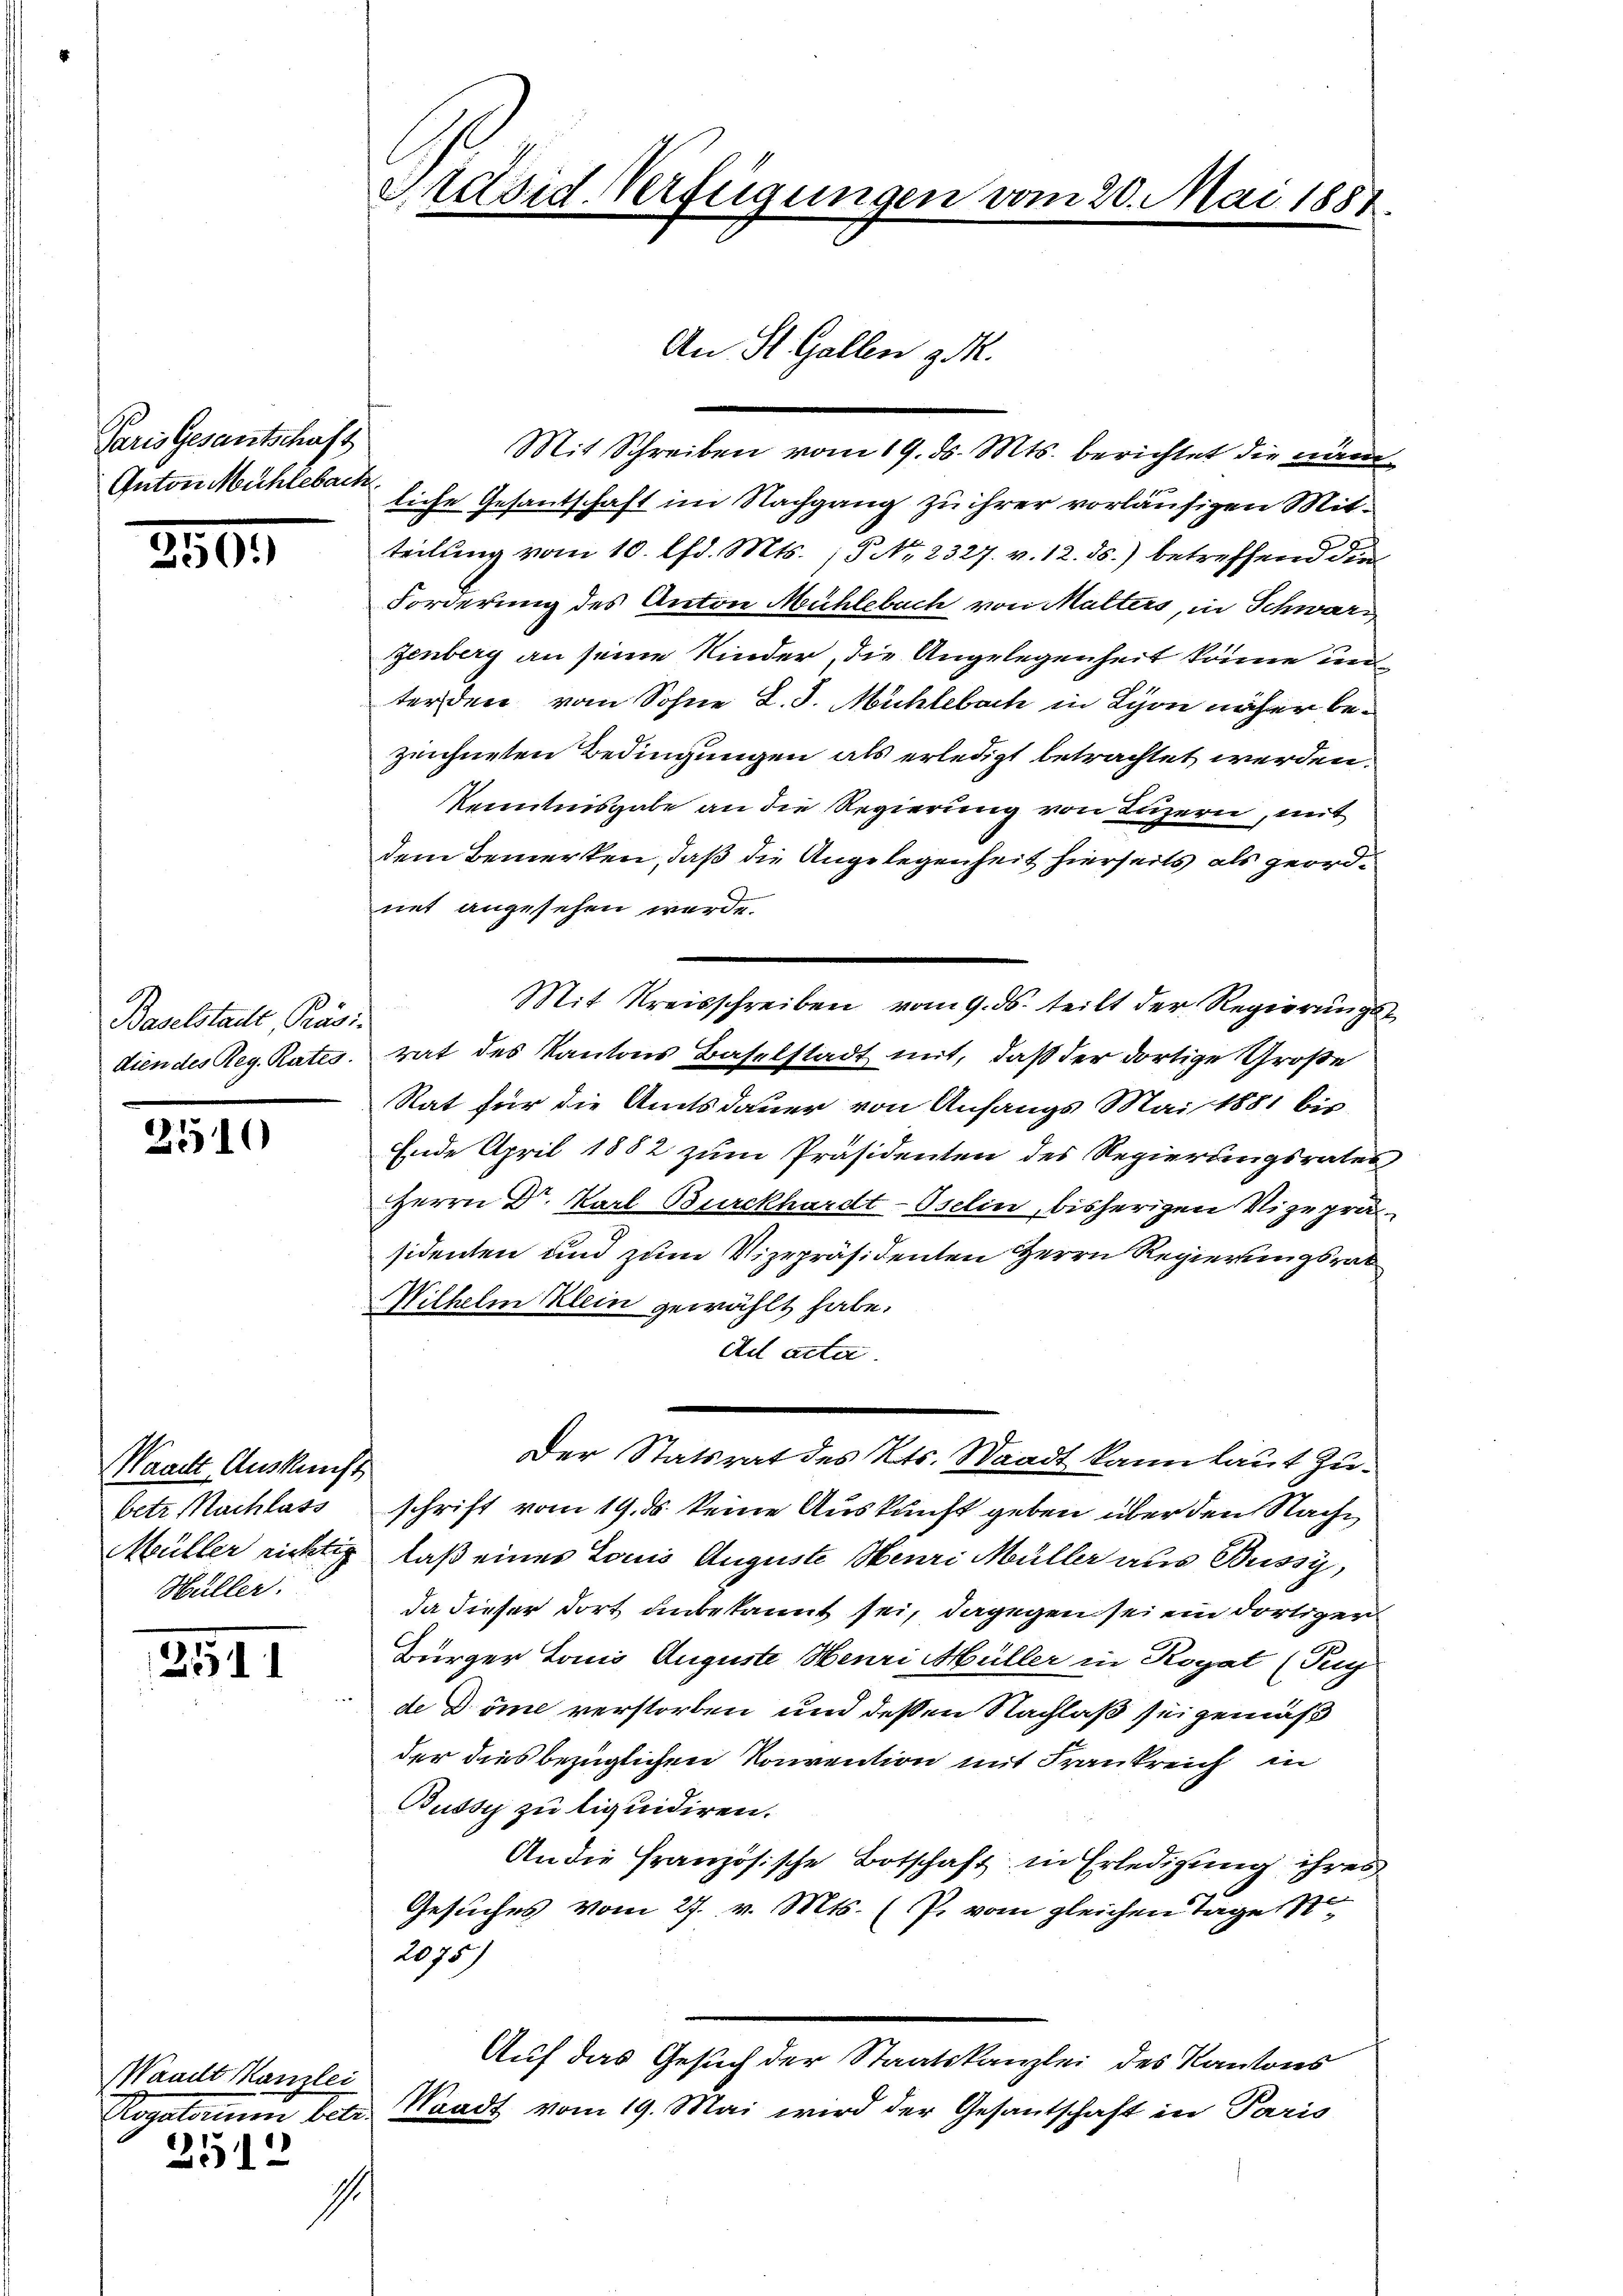
Paris Gesantschaft
Anton Mühleback

2501)

Baselstadte Präsidien des Reg. Rates.

2510

Waadt, Auskunft
betr. Nachlass
Müller richtig
Hüller.

2511

Waadt Kanzlei
Segatorum betr.

2512

1.

Präsid-Verfügungen vom 20. Mai 1881

An St. Gallen 3 M.

Mit Schreiben vom 19. ds. Mts. berichtet die nämliche Gesantschaft im Nachgang zu ihrer vorläufigen Mitteilung vom 10. Chr. Mts. 15 No 2327. v. 12. ds.) betreffend den
Forderung des Anton Mühlebach von Malters, in Schwarz
zenberg an seine Kinder, die Angelegenheit könne un
terden vom Sohne L. J. Mühlebach in Lyon näher bezeichneten Bedingungen als erledigt betrachtet werden.
Kenntnisgabe an die Regierung von Luzern, mit
dem Bemerken, daß die Angelegenheit hierseits als geordnet angesehen werde.
Mit Kreisschreiben vom 9. ds. teilt der Regierungsrat des Kantons Baselstadt mit, daß der dortige Große
Rat für die Amtsdauer von Anfangs Mai 1881 bis
Ende April 1882 zum Präsidenten des Regierungsrates¬
Herrn Dr. Karl Burckhardt-Oselin, bisherigen Vizeprä
sidenten und zum Vizepräsidenten Herrn Regierungsrat
Wilhelm Klein gewählt habe.
Ad acter
Der Statsrat des Kts. Staadt kann laut Zuschrift vom 19. ds keine Auskunft geben über den Nachlaß eines Louis Auguste Meuri Müller aus Bussy,
da dieser dort unbekannt sei, dagegen sei ein dortigen
Bürger Taus Auguste Henri Müller in Rogat (Tug
de Dome verstorben und dessen Nachlaß sei gemäß
der dies bezüglichen Konvention mit Frankreich in
Bussy zu liquidiren.
An die Französische Botschaft in Erledigung ihres
Gesuches vom 27. v. Mts. (P. vom gleichen Tage S
2075)
Auf das Gesuch der Staatskanzlei des Kantons
Waadt vom 19. Mai wird der Gesantschaft in Paris